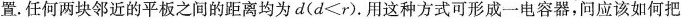
置.任何两块邻近的平板之间的距离均为d ($$d < r$$ )。用这种方式可形成一电容器，问应该如何把